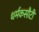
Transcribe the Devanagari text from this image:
धर्मकसौटी